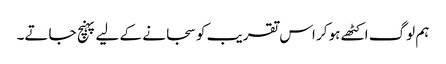
ہم لوگ اکٹھے ہو کر اس تقریب کو سجانے کے لیے پہنچ جاتے۔